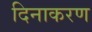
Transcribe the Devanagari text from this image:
दिनाकरण